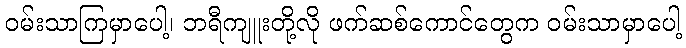
ဝမ်းသာကြမှာပေါ့၊ ဘရီကျူးတို့လို ဖက်ဆစ်ကောင်တွေက ဝမ်းသာမှာပေါ့